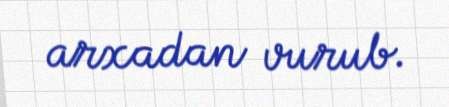
arxadan vurub.